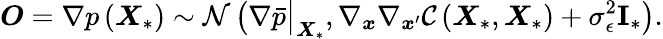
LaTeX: \boldsymbol{O}=\nabla p\left(\boldsymbol{X}_{*}\right)\sim\mathcal{N}\left(\nabla\bar{p}\big|_{\boldsymbol{X}_{*}},\nabla_{\boldsymbol{x}}\nabla_{\boldsymbol{x}^{\prime}}\mathcal{C}\left(\boldsymbol{X}_{*},\boldsymbol{X}_{*}\right)+\sigma_{\epsilon}^{2}\mathbf{I}_{*}\right).